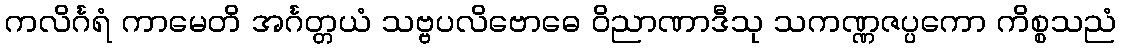
ကလိင်္ဂရံ ကာမေတိ အင်္ဂတ္တယံ သဗ္ဗပလိဗောဓေ ဝိညာဏာဒီသု သကဏ္ဏဇပ္ပကော ကိစ္စသညံ